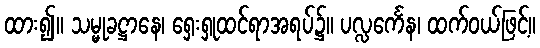
ထား၍။ သမ္မုခဋ္ဌာနေ၊ ရှေးရှုထင်ရာအရပ်၌။ ပလ္လင်္ကေန၊ ထက်ဝယ်ဖြင့်။